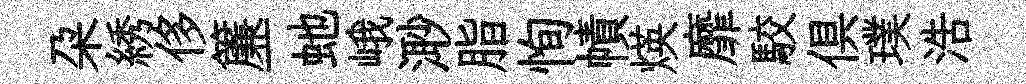
朶綉侈簾一虵峨𣺌脂恂幘煐靡駮俱璞浩